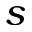
s